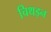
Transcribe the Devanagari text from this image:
चिथड़न